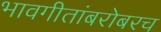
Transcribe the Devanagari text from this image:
भावगीतांबरोबरच